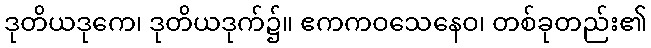
ဒုတိယဒုကေ၊ ဒုတိယဒုက်၌။ ဧကကဝသေနေဝ၊ တစ်ခုတည်း၏